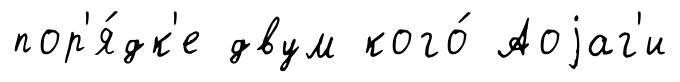
пор'я́дк'е двум кого́ Аоjаг'и